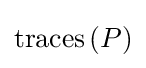
\mathrm {traces} \left(P\right)